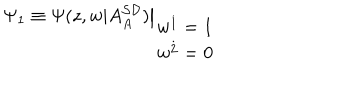
\Psi _ { 1 } \equiv \Psi ( z , w | A _ { A } ^ { { \cal S D } } ) \big | _ { \displaystyle { w ^ { { \dot { 1 } } } = 1 \atop w ^ { { \dot { 2 } } } = 0 } }